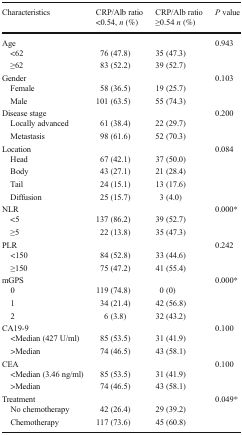
<table><thead><tr><td><b>Characteristics</b></td><td><b>CRP/Alb ratio&lt;0.54, <i>n</i> (%)</b></td><td><b>CRP/Alb ratio≥0.54 <i>n</i> (%)</b></td><td><b><i>P</i> value</b></td></tr></thead><tbody><tr><td colspan="3">Age</td><td rowspan="3">0.943</td></tr><tr><td> &lt;62</td><td>76 (47.8)</td><td>35 (47.3)</td></tr><tr><td> ≥62</td><td>83 (52.2)</td><td>39 (52.7)</td></tr><tr><td colspan="3">Gender</td><td rowspan="3">0.103</td></tr><tr><td> Female</td><td>58 (36.5)</td><td>19 (25.7)</td></tr><tr><td> Male</td><td>101 (63.5)</td><td>55 (74.3)</td></tr><tr><td colspan="3">Disease stage</td><td rowspan="3">0.200</td></tr><tr><td> Locally advanced</td><td>61 (38.4)</td><td>22 (29.7)</td></tr><tr><td> Metastasis</td><td>98 (61.6)</td><td>52 (70.3)</td></tr><tr><td colspan="3">Location</td><td rowspan="5">0.084</td></tr><tr><td> Head</td><td>67 (42.1)</td><td>37 (50.0)</td></tr><tr><td> Body</td><td>43 (27.1)</td><td>21 (28.4)</td></tr><tr><td> Tail</td><td>24 (15.1)</td><td>13 (17.6)</td></tr><tr><td> Diffusion</td><td>25 (15.7)</td><td>3 (4.0)</td></tr><tr><td colspan="3">NLR</td><td rowspan="3">0.000*</td></tr><tr><td> &lt;5</td><td>137 (86.2)</td><td>39 (52.7)</td></tr><tr><td> ≥5</td><td>22 (13.8)</td><td>35 (47.3)</td></tr><tr><td colspan="3">PLR</td><td rowspan="3">0.242</td></tr><tr><td> &lt;150</td><td>84 (52.8)</td><td>33 (44.6)</td></tr><tr><td> ≥150</td><td>75 (47.2)</td><td>41 (55.4)</td></tr><tr><td colspan="3">mGPS</td><td rowspan="4">0.000*</td></tr><tr><td> 0</td><td>119 (74.8)</td><td>0 (0)</td></tr><tr><td> 1</td><td>34 (21.4)</td><td>42 (56.8)</td></tr><tr><td> 2</td><td>6 (3.8)</td><td>32 (43.2)</td></tr><tr><td colspan="3">CA19-9</td><td rowspan="3">0.100</td></tr><tr><td> &lt;Median (427 U/ml)</td><td>85 (53.5)</td><td>31 (41.9)</td></tr><tr><td> &gt;Median</td><td>74 (46.5)</td><td>43 (58.1)</td></tr><tr><td colspan="3">CEA</td><td rowspan="3">0.100</td></tr><tr><td> &lt;Median (3.46 ng/ml)</td><td>85 (53.5)</td><td>31 (41.9)</td></tr><tr><td> &gt;Median</td><td>74 (46.5)</td><td>43 (58.1)</td></tr><tr><td colspan="3">Treatment</td><td rowspan="3">0.049*</td></tr><tr><td> No chemotherapy</td><td>42 (26.4)</td><td>29 (39.2)</td></tr><tr><td> Chemotherapy</td><td>117 (73.6)</td><td>45 (60.8)</td></tr></tbody></table>